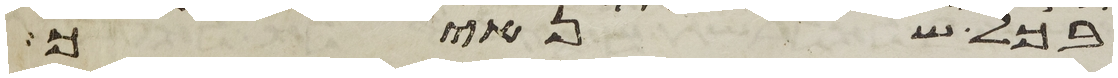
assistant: בכל שנאיך